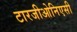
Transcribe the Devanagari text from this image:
टारजीओनिएसी